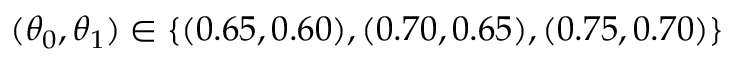
( \theta _ { 0 } , \theta _ { 1 } ) \in \{ ( 0 . 6 5 , 0 . 6 0 ) , ( 0 . 7 0 , 0 . 6 5 ) , ( 0 . 7 5 , 0 . 7 0 ) \}